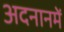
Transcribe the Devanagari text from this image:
अदनानमें